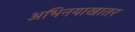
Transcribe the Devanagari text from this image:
अभिनयाखातर